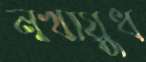
নখায়ুধ